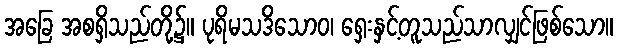
အခြေ အစရှိသည်တို့၌။ ပုရိမသဒိသောဝ၊ ရှေးနှင့်တူသည်သာလျှင်ဖြစ်သော။